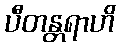
ပီတန္တရာဟိ